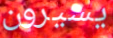
يسيرون